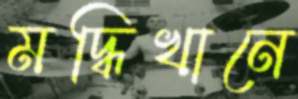
মদ্ধিখানে